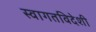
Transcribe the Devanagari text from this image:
स्वागतविदेशी